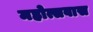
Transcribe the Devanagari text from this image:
महोत्सवास